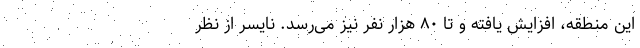
این منطقه، افزایش یافته و تا ۸۰ هزار نفر نیز می‌رسد. نایسر از نظر